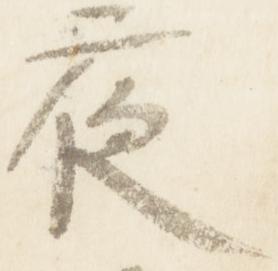
夜